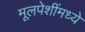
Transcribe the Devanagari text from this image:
मूलपेशींमध्ये